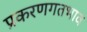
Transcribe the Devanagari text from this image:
प्रकरणगतभाव